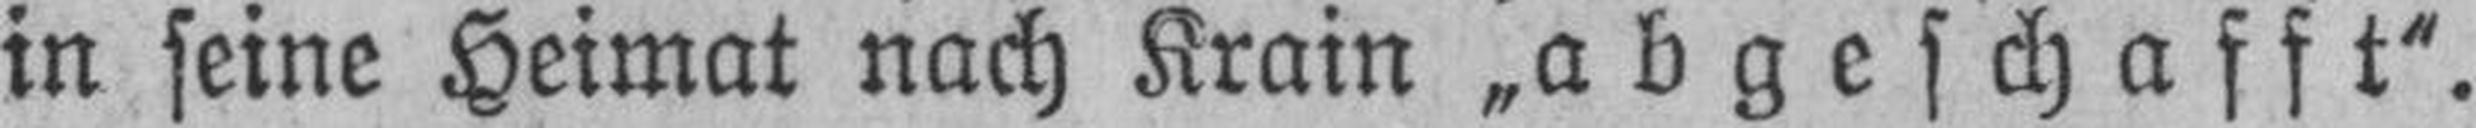
in seine Heimat nach Krain „abgeschafft“.